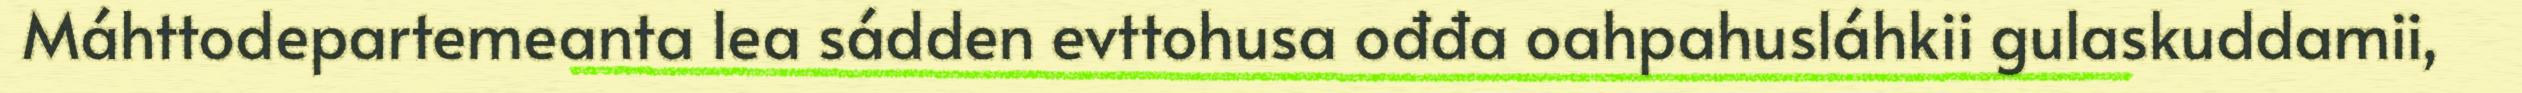
Máhttodepartemeanta lea sádden evttohusa ođđa oahpahusláhkii gulaskuddamii,